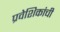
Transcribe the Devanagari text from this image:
प्रवेशिकांची